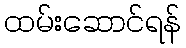
ထမ်းဆောင်ရန်